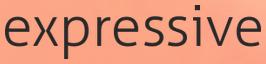
expressive